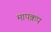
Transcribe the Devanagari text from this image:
मापक्रप